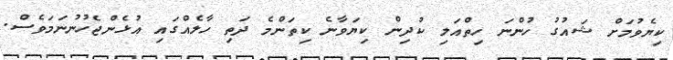
ކިޔެވުމަށް ޝައުގު ހުންނަ ހިތްއަލި ކުދިން ކިޔަވާނެ ކިތަންމެ ދަތި ހާލެއްގައި އުޅެންޖެހުނުނަމަވެސް.